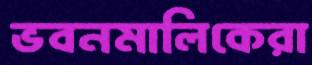
ভবনমালিকেরা